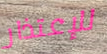
للإعتذار